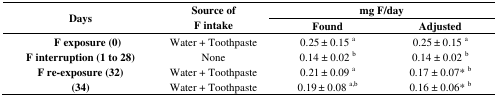
<table><thead><tr><td rowspan="2"><b>Days</b></td><td rowspan="2"><b>Source of F intake</b></td><td colspan="2"><b>mg F/day</b></td></tr><tr><td><b>Found</b></td><td><b>Adjusted</b></td></tr></thead><tbody><tr><td><b>F exposure (0)</b></td><td>Water + Toothpaste</td><td>0.25 ± 0.15 <sup>a</sup></td><td>0.25 ± 0.15 <sup>a</sup></td></tr><tr><td><b>F interruption (1 to 28)</b></td><td>None</td><td>0.14 ± 0.02 <sup>b</sup></td><td>0.14 ± 0.02 <sup>b</sup></td></tr><tr><td><b>F re-exposure (32)</b></td><td>Water + Toothpaste</td><td>0.21 ± 0.09 <sup>a</sup></td><td>0.17 ± 0.07*<sup>b</sup></td></tr><tr><td><b>(34)</b></td><td>Water + Toothpaste</td><td>0.19 ± 0.08 <sup>a,b</sup></td><td>0.16 ± 0.06*<sup>b</sup></td></tr></tbody></table>